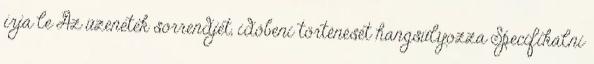
írja le Az üzenetek sorrendjét, időbeni történését hangsúlyozza Specifikálni